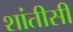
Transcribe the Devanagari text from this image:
शांतीसी